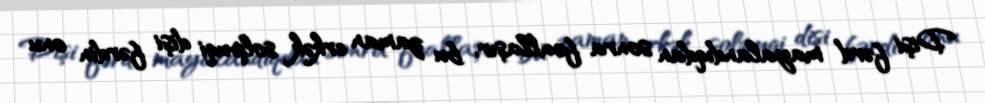
Dişi fərd mayalandıqdan sonra fəallaşır, bu zaman erkək solpuqi dişi fərdin onu